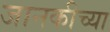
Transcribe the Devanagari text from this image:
जानकीच्या